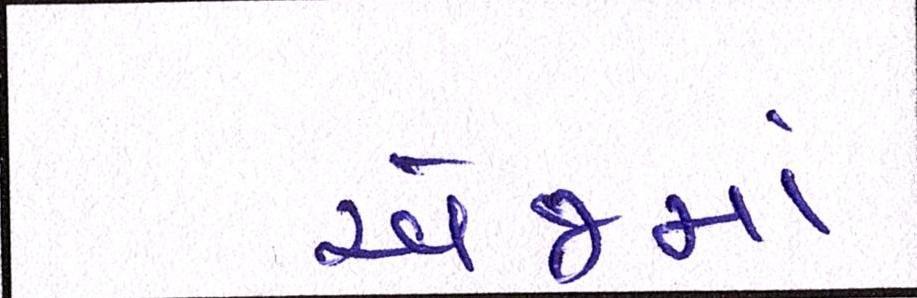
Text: એજમાં